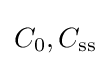
C_{0},C_{\text{ss}}